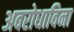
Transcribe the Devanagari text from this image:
अवरोधाविना